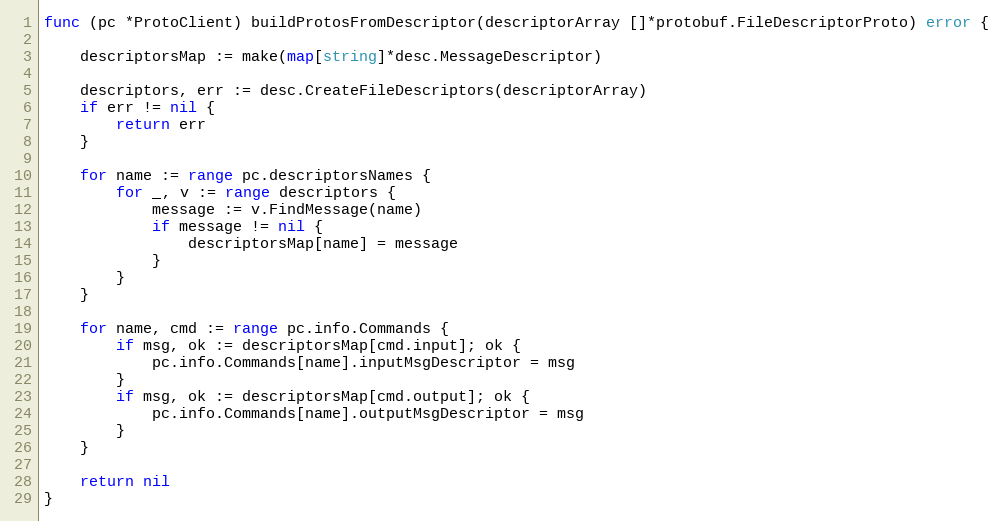
Language: Go
func (pc *ProtoClient) buildProtosFromDescriptor(descriptorArray []*protobuf.FileDescriptorProto) error {

	descriptorsMap := make(map[string]*desc.MessageDescriptor)

	descriptors, err := desc.CreateFileDescriptors(descriptorArray)
	if err != nil {
		return err
	}

	for name := range pc.descriptorsNames {
		for _, v := range descriptors {
			message := v.FindMessage(name)
			if message != nil {
				descriptorsMap[name] = message
			}
		}
	}

	for name, cmd := range pc.info.Commands {
		if msg, ok := descriptorsMap[cmd.input]; ok {
			pc.info.Commands[name].inputMsgDescriptor = msg
		}
		if msg, ok := descriptorsMap[cmd.output]; ok {
			pc.info.Commands[name].outputMsgDescriptor = msg
		}
	}

	return nil
}